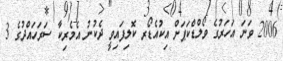
2006 ވަނަ އަހަރުގެ ވޯލްޑްކަޕަށް އިކުއެޑޯރ ކޮލިފައިވީ ދެކުނު އެމެރިކާ ސަރަހައްދުގެ 3